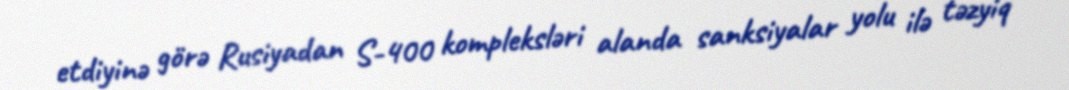
etdiyinə görə Rusiyadan S-400 kompleksləri alanda sanksiyalar yolu ilə təzyiq